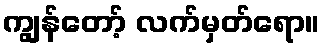
ကျွန်တော့် လက်မှတ်ရော။